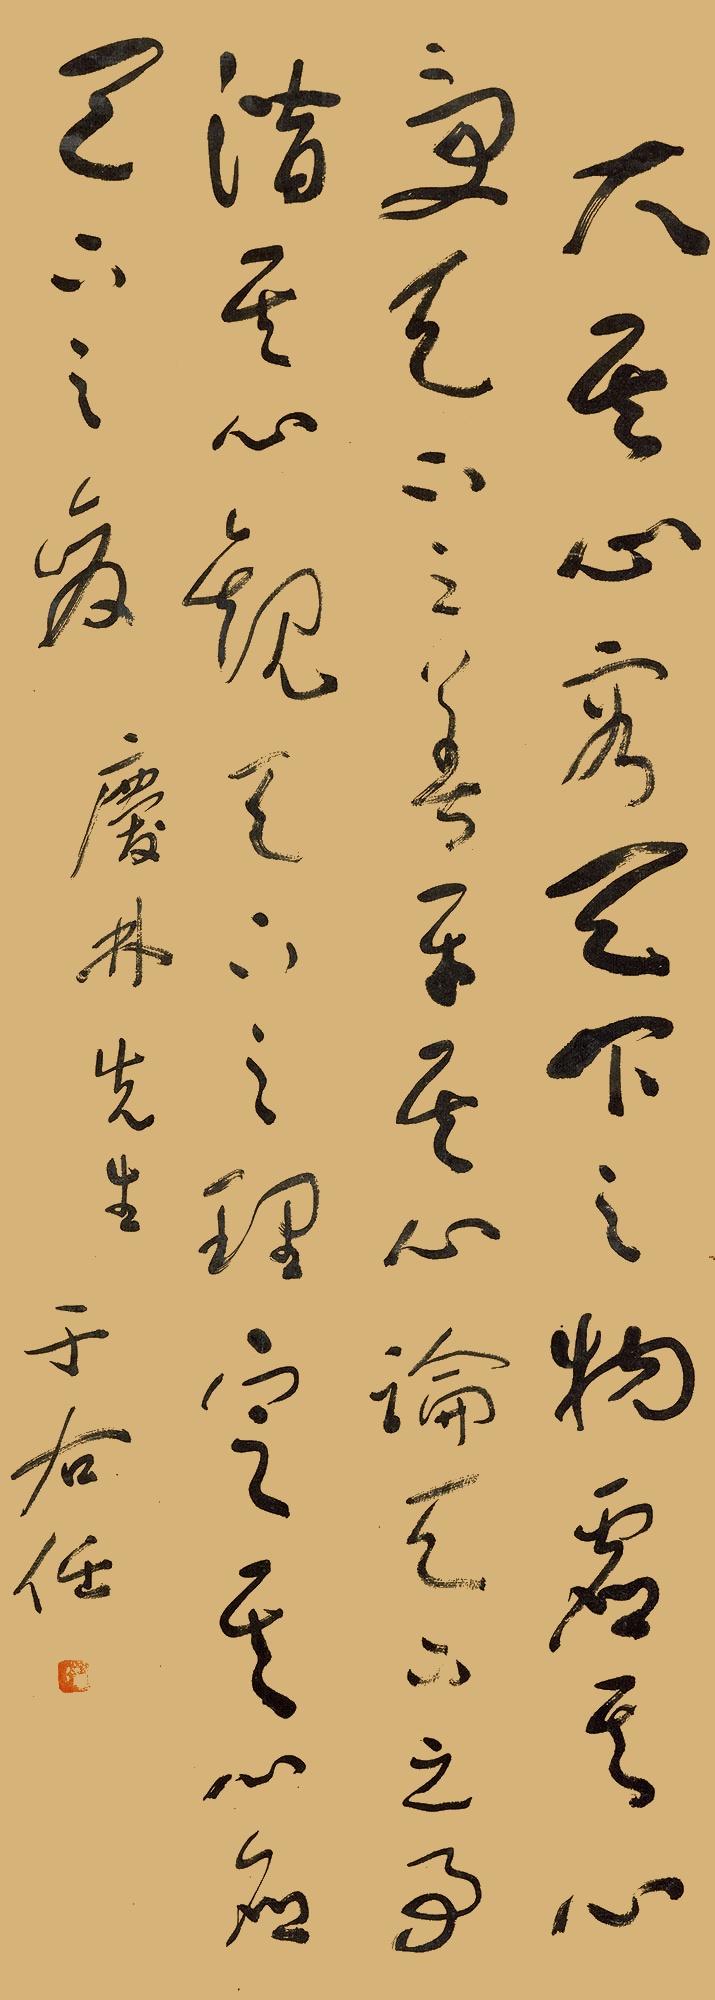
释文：大其心，容天下之物；虚其心，受天下之善；平其心，论天下之事；潜其心，观天下之理；定其心，应天下之变。庆林先生。于右任。